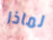
لماذا